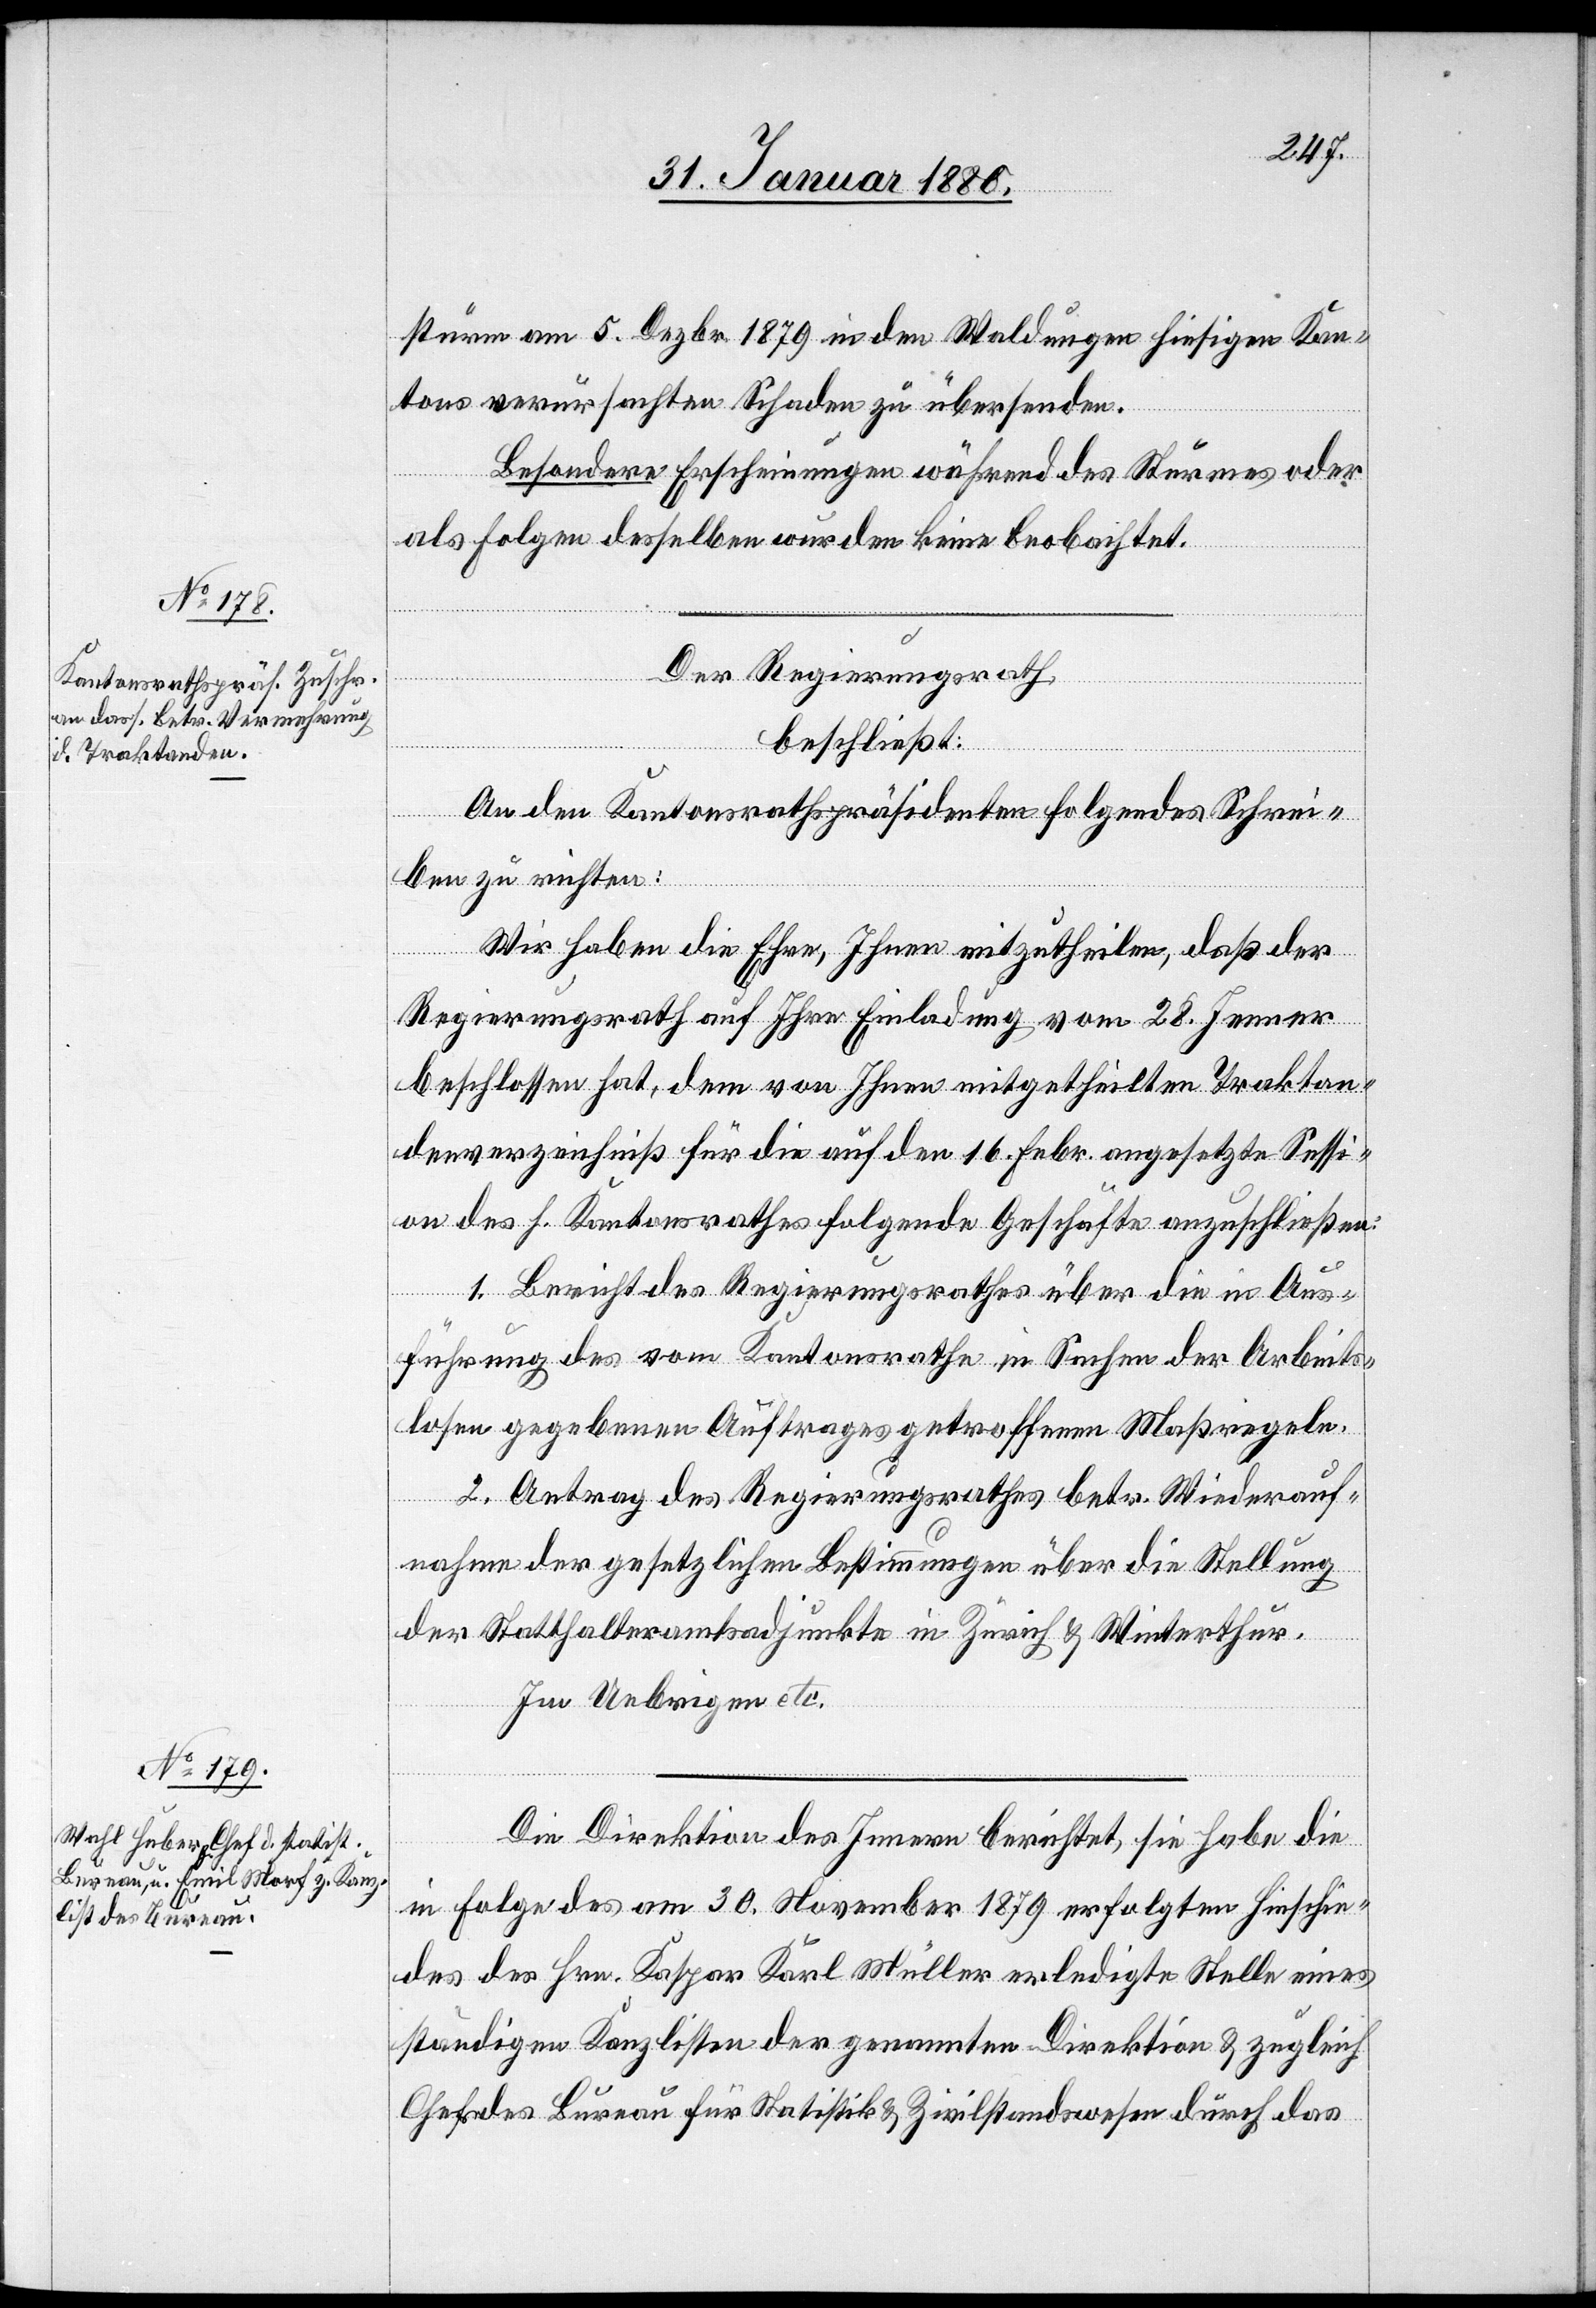
sturm am 5. Dezbr. 1879 in den Waldungen hiesigen Kan¬
tons verursachten Schaden zu übersenden.
Besondere Erscheinungen während des Sturmes oder
als Folgen desselben wurden keine beobachtet.
Der Regierungsrath,
beschließt:
An den Kantonsrathspräsidenten folgendes Schrei¬
ben zu richten:
Wir habe die Ehre, Ihnen mitzutheilen, daß der
Regierungsrath auf Ihre Einladung vom 28. Jenner
beschlossen hat, dem von Ihnen mitgetheilten Traktan¬
denverzeichniß für die auf den 16. Febr. angesetzte Sessi¬
on des h. Kantonsrathes folgende Geschäfte anzuschließen:
1. Bericht des Regierungsrathes über die in Aus¬
führung des vom Kantonsrathe in Sachen der Arbeits¬
losen gegebenen Auftrags getroffenen Maßregeln.
2. Antrag des Regierungsrathes betr. Wiederauf¬
nahme der gesetzlichen Bestimmungen über die Stellung
der Statthalteramtsadjunkte in Zürich & Winterthur.
Im Uebrigen etc.
Die Direktion des Innern berichtet, sie habe die
in Folge des am 30. November 1879 erfolgten Hinschie¬
des des Hrn. Kaspar Karl Müller erledigte Stelle eines
ständigen Kanzlisten der genannten Direktion & zugleich
Chefs des Bureau für Statistik & Zivilstandswesen durch das